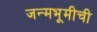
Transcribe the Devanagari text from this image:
जन्मभूमीची